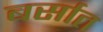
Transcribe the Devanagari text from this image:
बर्सात